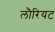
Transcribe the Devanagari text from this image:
लौरियट